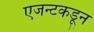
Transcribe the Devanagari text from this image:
एजन्टकडून